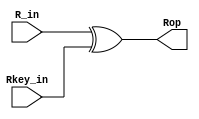
module Add_round_keyr(R_in, Rkey_in, Rop);

input  [0:127] R_in, Rkey_in;
output [0:127] Rop;

assign Rop = R_in^Rkey_in;

endmodule